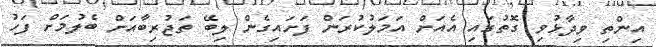
އިންތި ވިދާޅުވި ގޮތުގައި އެއަށް އަމަލުކުރަން ފަށައިގެން ލިބޭ ތަޖުރިބާއަށް ބެލުމަށް ފަހު